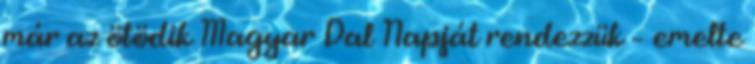
már az ötödik Magyar Dal Napját rendezzük – emelte